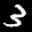
Label: 3